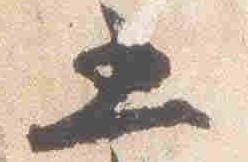
五